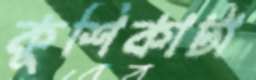
কুশিকাটা